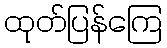
ထုတ်ပြန်ကြေ